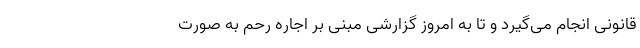
قانونی انجام می‌گیرد و تا به امروز گزارشی مبنی بر اجاره رحم به صورت